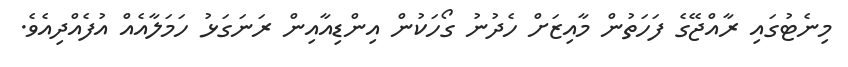
މިނެޓުގައި ރާއްޖޭގެ ފަހަތުން މާއިޒަށް ހެދުނު ގޯހަކުން އިންޑިއާއިން ރަނަގަޅު ހަމަލާއެއް އުފެއްދިއެވެ.